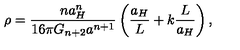
\rho = { \frac { n a _ { H } ^ { n } } { 1 6 \pi G _ { n + 2 } a ^ { n + 1 } } } \left( { \frac { a _ { H } } { L } } + k { \frac { L } { a _ { H } } } \right) ,